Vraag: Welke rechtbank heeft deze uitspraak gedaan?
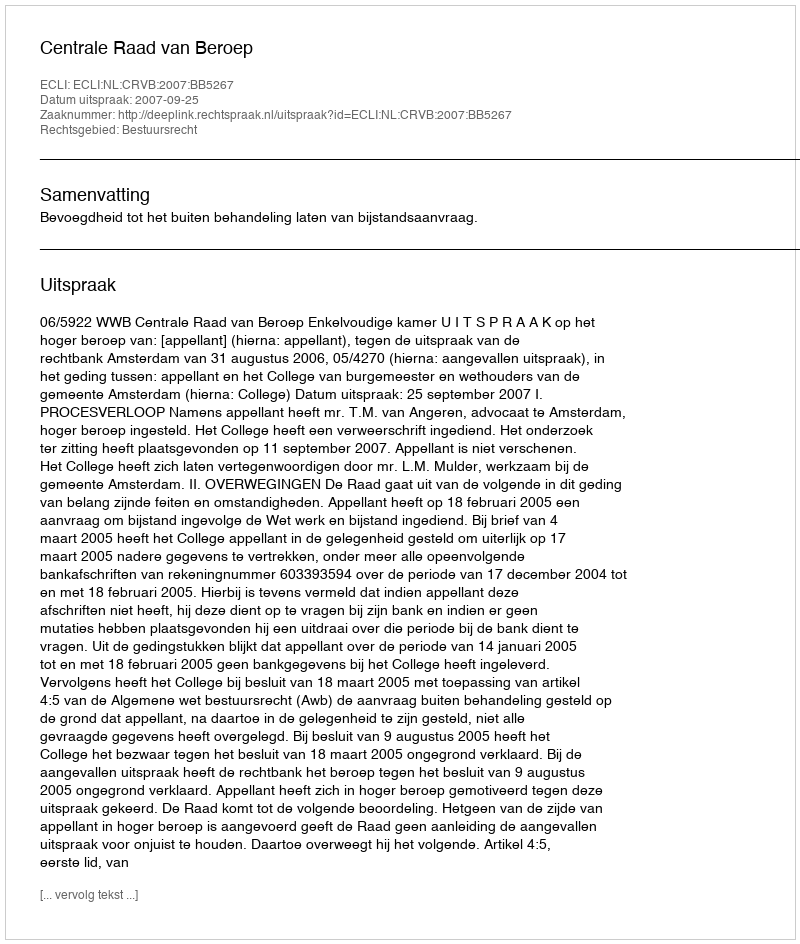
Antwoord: Centrale Raad van Beroep